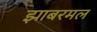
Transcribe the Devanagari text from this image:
झाबरमल